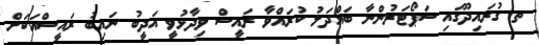
ތ. ގުރައިދޫގައި ސަޕޯޓަރުންނާ ބައްދަލު ކުރައްވާ ރައީސް ވިދާޅުވީ އަދީބު ނައިބު ރައީސްއަކަށް